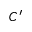
C ^ { \prime }